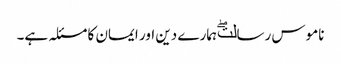
ناموس رسالتۖ ہمارے دین اور ایمان کا مسئلہ ہے۔